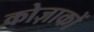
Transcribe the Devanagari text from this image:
कोज़ाकों